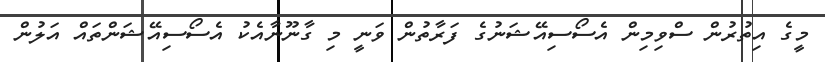
މީގެ އިތުރުން ސްވިމިން އެސޯސިއޭޝަނުގެ ފަރާތުން ވަނީ މި ގާނޫނާއެކު އެސޯސިއޭޝަންތައް އަލުން